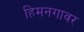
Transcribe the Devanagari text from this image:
हिमनगावर